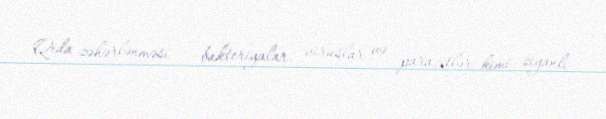
Qida zəhərlənməsi - bakteriyalar, viruslar və parazitlər kimi ziyanlı